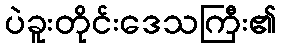
ပဲခူးတိုင်းဒေသကြီး၏